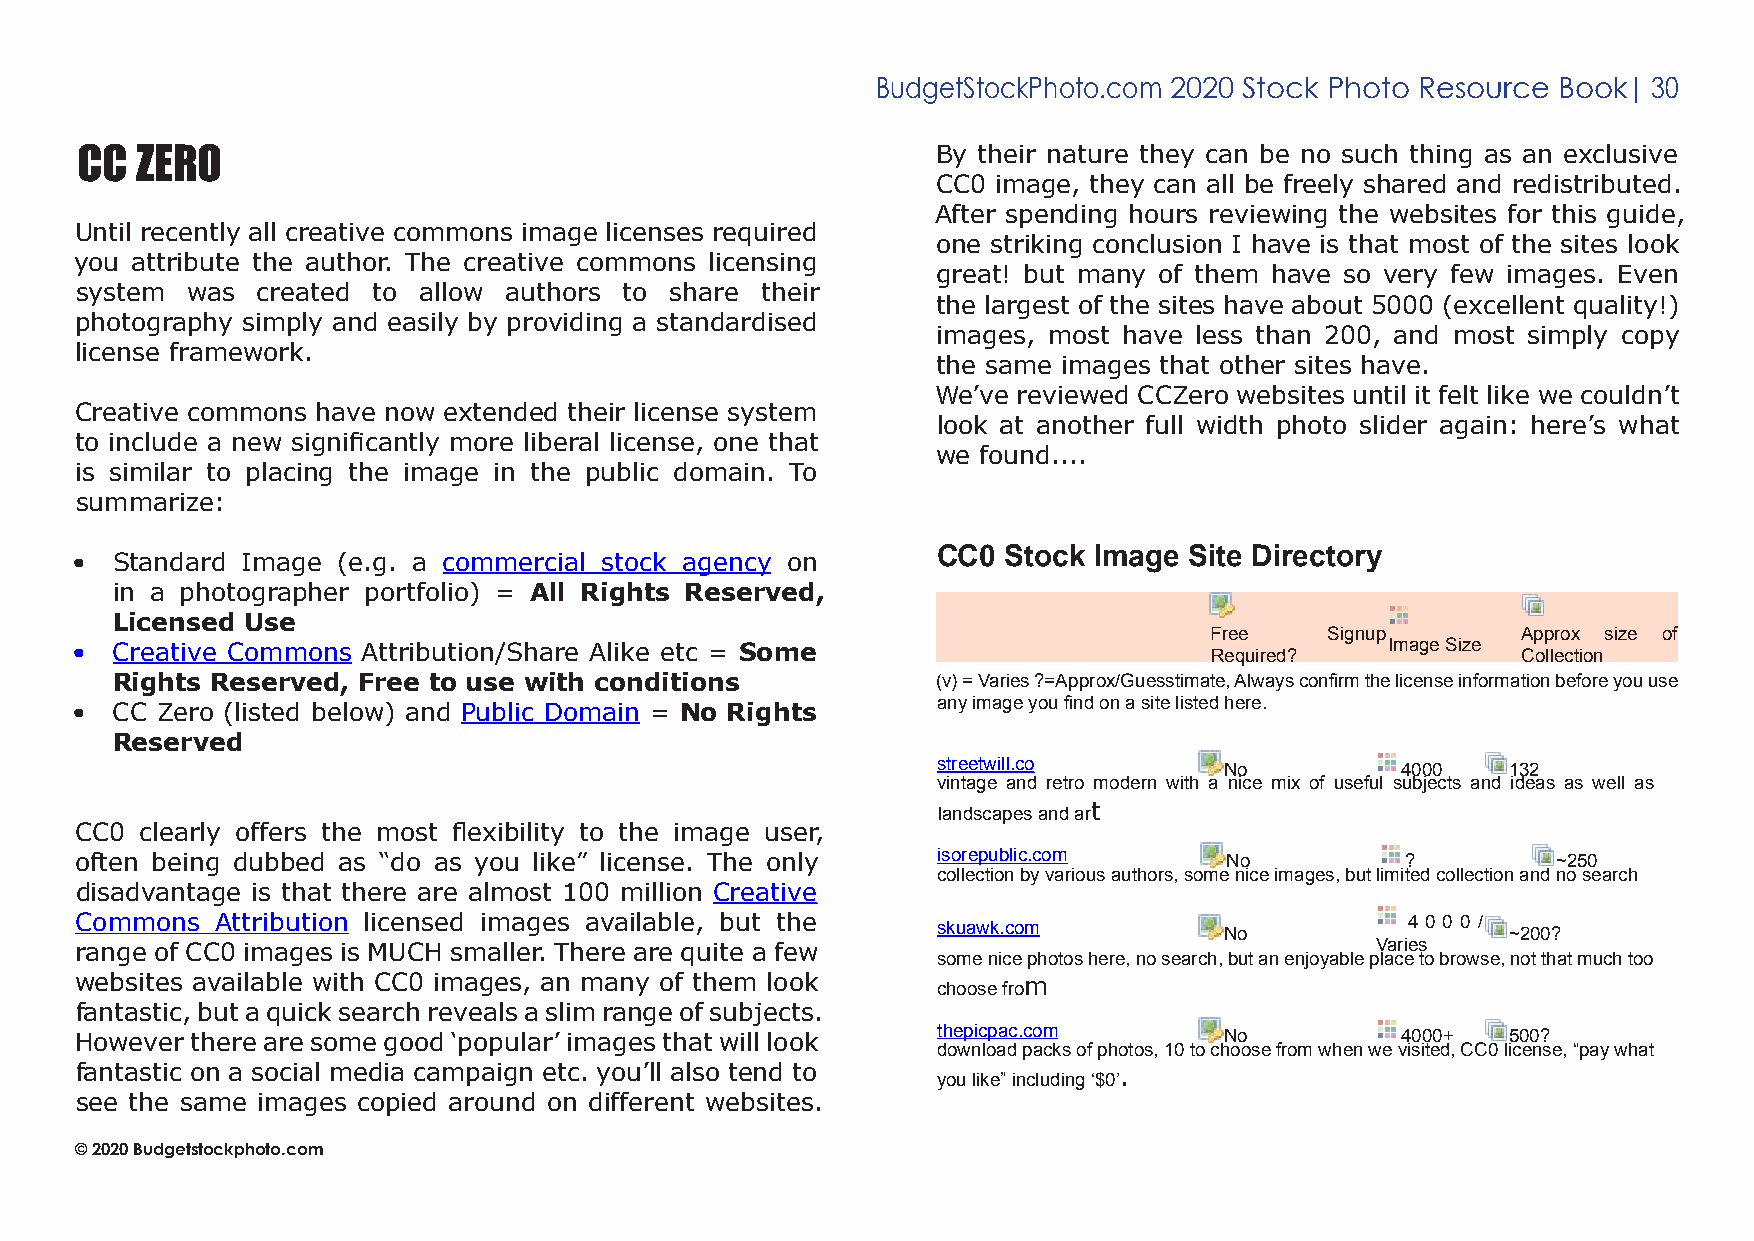
BudgetStockPhoto.com 2020 Stock Photo Resource Book| 30
 CC  ZeRo                                                 By their nature they can be no such thing as an exclusive
 CC0 image, they can all be freely shared and redistributed.
 After spending hours reviewing the websites for this guide,
 Until recently all creative commons image licenses required
 one striking conclusion I have is that most of the sites look
 you attribute the author. The creative commons licensing
 great! but many of them have so very few images. Even
 system was  created to allow authors to share their
 the largest of the sites have about 5000 (excellent quality!)
 photography simply and easily by providing a standardised
 images, most have less than 200, and most simply copy
 license framework.
 the same images that other sites have.
 We’ve reviewed CCZero websites until it felt like we couldn’t
 Creative commons have now extended their license system
 look at another full width photo slider again: here’s what
 to include a new significantly more liberal license, one that
 we found....
 is similar to placing the image in the public domain. To
 summarize:
 CC0  Stock Image Site Directory
 • Standard Image (e.g. a commercial stock agency on
 in a photographer portfolio) = All Rights Reserved,
 Licensed Use
 Free    Signup       Approx size of
 • Creative Commons Attribution/Share Alike etc = Some                      Required?   Image Size Collection
 Rights Reserved, Free to use with conditions           (v) = Varies ?=Approx/Guesstimate, Always confirm the license information before you use
 any image you find on a site listed here.
 • CC Zero (listed below) and Public Domain = No Rights
 Reserved
 streetwill.co      No          4000   132
 vintage and retro modern with a nice mix of useful subjects and ideas as well as
 landscapes and art
 CC0 clearly offers the most flexibility to the image user,
 often being dubbed as “do as you like” license. The only isorepublic.com    No          ?         ~250
 collection by various authors, some nice images, but limited collection and no search
 disadvantage is that there are almost 100 million Creative
 Commons  Attribution licensed images available, but the  skuawk.com         No          4 0 0 0 / ~200?
 range of CC0 images is MUCH smaller. There are quite a few                            Varies
 some nice photos here, no search, but an enjoyable place to browse, not that much too
 websites available with CC0 images, an many of them look choose from
 fantastic, but a quick search reveals a slim range of subjects.
 However there are some good ‘popular’ images that will look thepicpac.com   No          4000+  500?
 download packs of photos, 10 to choose from when we visited, CC0 license, “pay what
 fantastic on a social media campaign etc. you’ll also tend to you like” including ‘$0’.
 see the same images copied around on different websites.
 © 2020 Budgetstockphoto.com